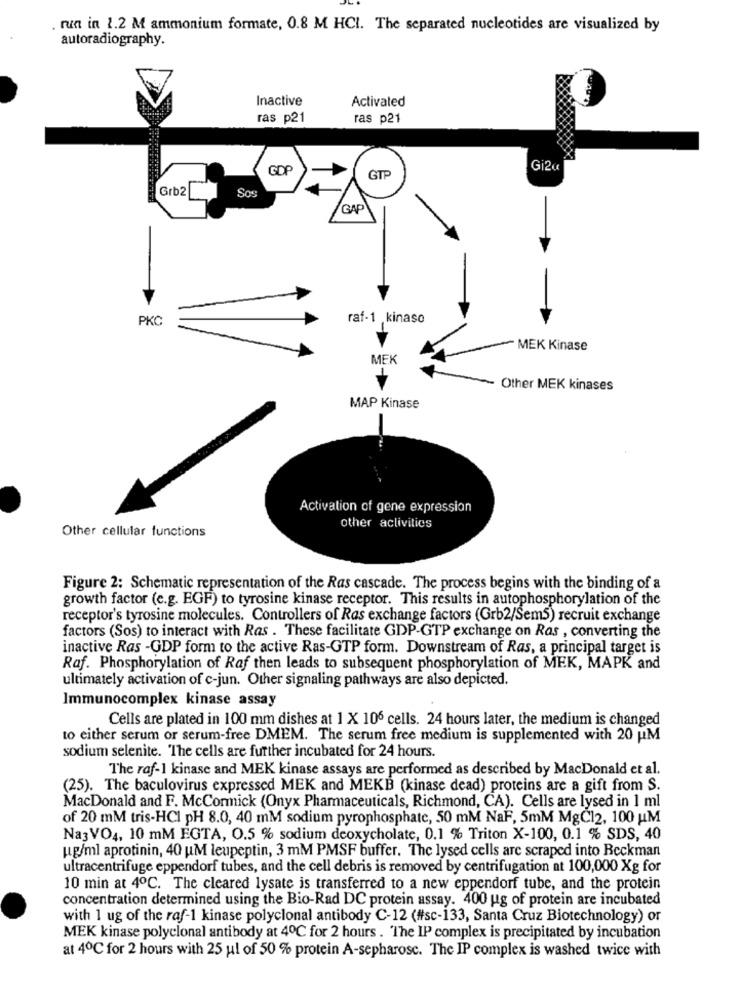
run in 2.2 M ammonium formate, 0.8 M HCI. The separated nucleotides are visualized by
autoradiography.
Inactive
Activated
ras p21
ras p21
GDP
GTP
Gi2u
Grb2
Sos
GAP
PKC
raf-1 kinase
MEK Kinase
MEK
Other MEK kinases
MAP Kinase
Activation of gene expression
Other cellular functions
other activities
Figure 2: Schematic representation of the Ras cascade. The process begins with the binding of a
growth factor (e.g. EGF) to tyrosine kinase receptor. This results in autophosphorylation of the
receptor's tyrosine molecules. Controllers of Ras exchange factors (Grb2/Sem5) recruit exchange
factors (Sos) to interact with Ras . These facilitate GDP-GTP exchange on Ras , converting the
inactive Ras -GDP form to the active Ras-GTP form. Downstream of Ras, a principal target is
Raf. Phosphorylation of Raf then leads to subsequent phosphorylation of MEK, MAPK and
ultimately activation of c-jun. Other signaling pathways are also depicted.
Immunocomplex kinase assay
Cells are plated in 100 mm dishes at 1 X 106 cells. 24 hours later, the medium is changed
to either serum or serum-free DMEM. The serum free medium is supplemented with 20 PM
sodium selenite. The cells are further incubated for 24 hours.
The raf-1 kinase and MEK kinase assays are performed as described by MacDonald et al.
(25). The baculovirus expressed MEK and MEKB (kinase dead) proteins are a gift from S.
MacDonald and F. McCormick (Onyx Pharmaceuticals, Richmond, CA). Cells are lysed in 1 ml
of 20 mM tris-HCI pH 8.0, 40 mM sodium pyrophosphate, 50 mM NaF, 5mM MgC12, 100 UM
Na3VO4, 10 mM EGTA, O.5 % sodium deoxycholate, 0.1 % Triton X-100, 0.1 % SDS, 40
ug/ml aprotinin, 40 UM leupeptin, 3 mM PMSF buffer. The lysed cells are scraped into Beckman
ultracentrifuge eppendorf tubes, and the cell debris is removed by centrifugation at 100,000 Xg for
10 min at 4℃. The cleared lysate is transferred to a new eppendorf tube, and the protein
concentration determined using the Bio-Rad DC protein assay. 400 ug of protein are incubated
with 1 ug of the raf-1 kinase polyclonal antibody C-12 (#sc-133, Santa Cruz Biotechnology) or
MEK kinase polyclonal antibody at 40℃ for 2 hours . The IP complex is precipitated by incubation
at 40℃ for 2 hours with 25 ul of 50 % protein A-sepharosc. The IP complex is washed twice with